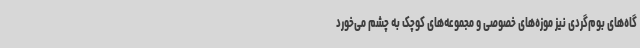
گاه‌های بوم‌گردی نیز موزه‌های خصوصی و مجموعه‌های کوچک به چشم می‌خورد